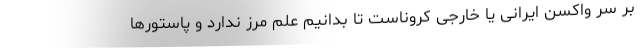
بر سر واکسن ایرانی یا خارجی کروناست تا بدانیم علم مرز ندارد و پاستورها